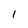
Character: 1